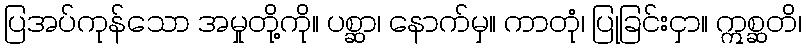
ပြအပ်ကုန်သော အမှုတို့ကို။ ပစ္ဆာ၊ နောက်မှ။ ကာတုံ၊ ပြုခြင်းငှာ။ ဣစ္ဆတိ၊